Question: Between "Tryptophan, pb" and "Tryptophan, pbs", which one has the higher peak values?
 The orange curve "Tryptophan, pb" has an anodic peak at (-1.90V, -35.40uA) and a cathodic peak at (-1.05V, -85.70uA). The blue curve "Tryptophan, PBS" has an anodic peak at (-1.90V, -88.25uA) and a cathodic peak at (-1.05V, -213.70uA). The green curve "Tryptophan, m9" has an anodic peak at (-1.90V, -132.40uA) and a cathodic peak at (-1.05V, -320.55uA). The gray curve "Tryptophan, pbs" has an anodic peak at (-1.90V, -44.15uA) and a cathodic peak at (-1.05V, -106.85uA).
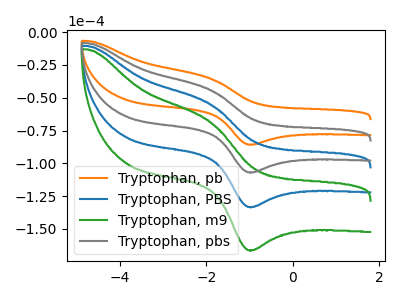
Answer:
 <answer>The peaks in "Tryptophan, pb" are neither all higher or all lower than the peaks in "Tryptophan, pbs".</answer>
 <eval>mixed</eval>